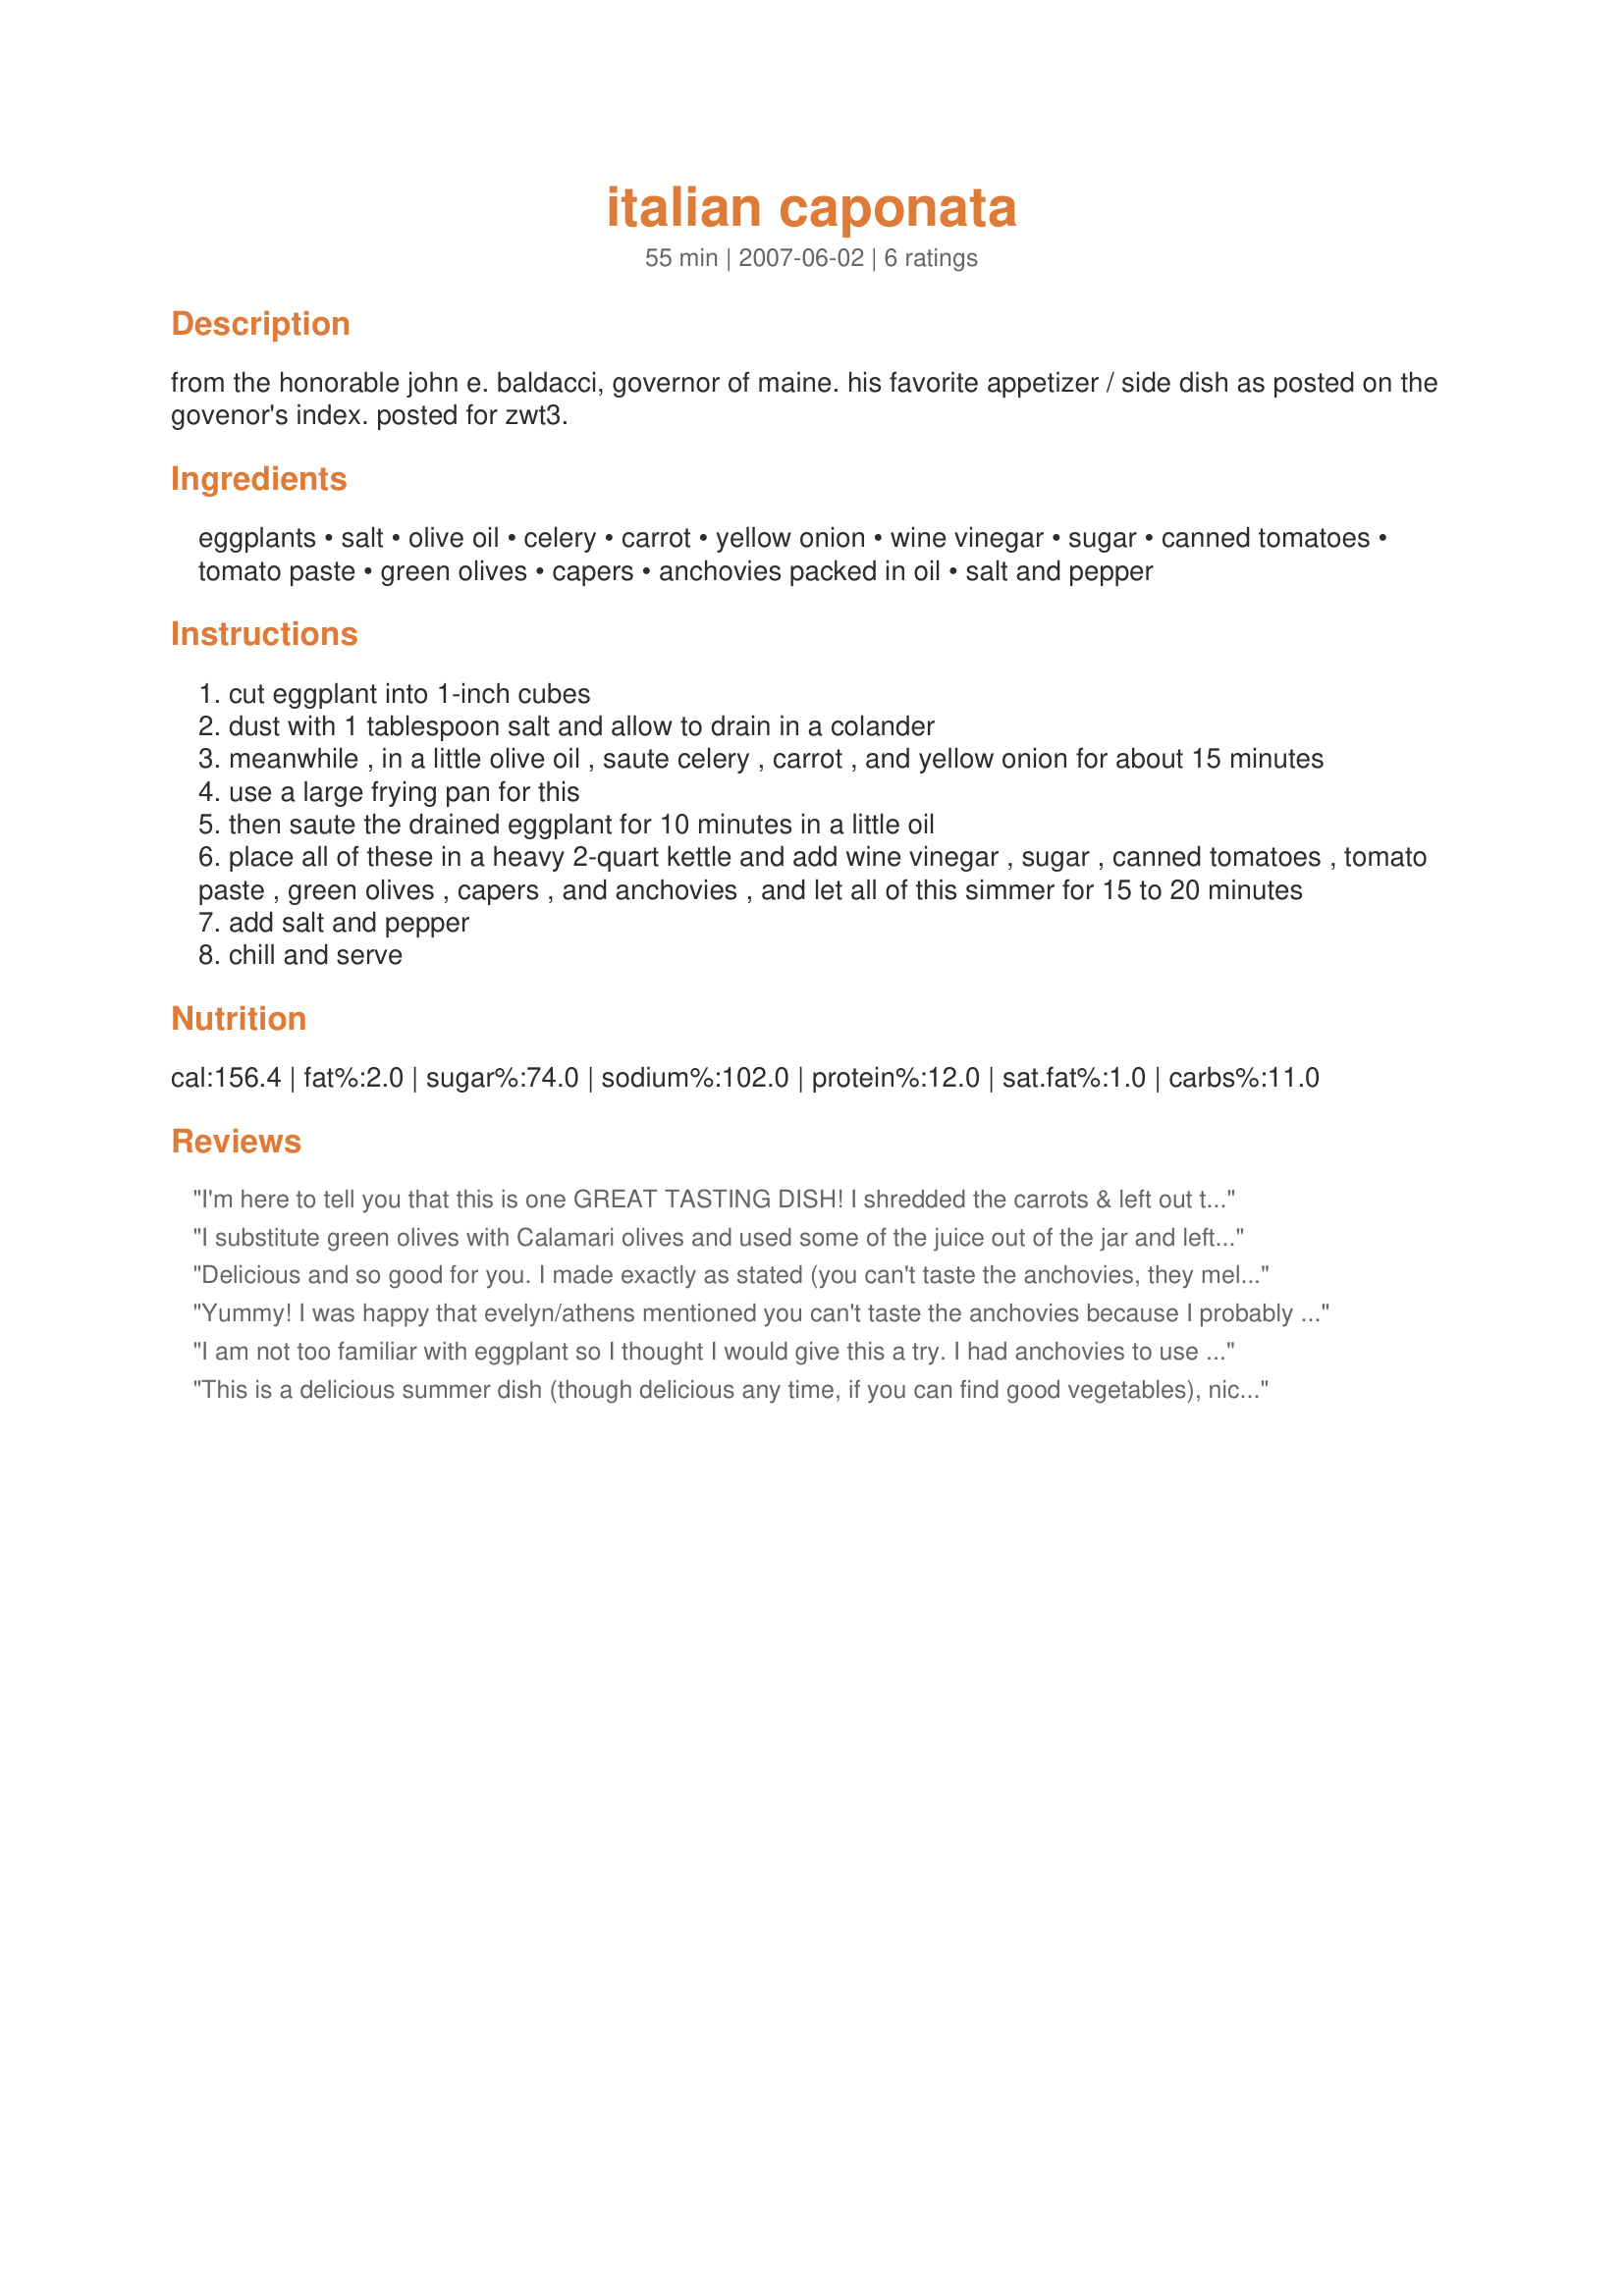
italian caponata
Preparation time: 55 minutes

from the honorable john e. baldacci,
governor of maine. his favorite appetizer / side dish as posted on the govenor's index. posted for zwt3.

Ingredients:
eggplants, salt, olive oil, celery, carrot, yellow onion, wine vinegar, sugar, canned tomatoes, tomato paste, green olives, capers, anchovies packed in oil, salt and pepper

Steps:
cut eggplant into 1-inch cubes
dust with 1 tablespoon salt and allow to drain in a colander
meanwhile , in a little olive oil , saute celery , carrot , and yellow onion for about 15 minutes
use a large frying pan for this
then saute the drained eggplant for 10 minutes in a little oil
place all of these in a heavy 2-quart kettle and add wine vinegar , sugar , canned tomatoes , tomato paste , green olives , capers , and anchovies , and let all of this simmer for 15 to 20 minutes
add salt and pepper
chill and serve

Reviews:
I'm here to tell you that this is one GREAT TASTING DISH! I shredded the carrots & left out the anchovies, which I'm sure is a big no-no for some cooks, but I'm happy to do without those little buggers! I did take the suggestion from the previous reviewer, however, & topped the finished dish off with toasted pine nuts ~ VERY, VERY NICE! [Made & reviewed while in Italy on Zaar's World Tour 4]
I substitute green olives with Calamari olives and used some of the juice out of the jar and left out anchovies.
Delicious and so good for you. I made exactly as stated (you can't taste the anchovies, they melt down and add a unique savouriness). I served this after school with pita crisps and we all loved it.
Yummy! I was happy that evelyn/athens mentioned you can't taste the anchovies because I probably wouldn't have made this without that comment. And I would have missed out on a great recipe. This is delicious. Made for ZWT4 for the Tastebud Tickling Travellers.
I am not too familiar with eggplant so I thought I would give this a try. I had anchovies to use up so this seemed the thing to do it. It was very nice. Don't know that I would crave it but a nice change. I didn't have capers and I didn't feel like opening a can of tomato paste so I used the sun-dried tomato pesto I had in the fridge. Extra flavor, I figured. I also admit that I had mine warm Thanks for sharing. Made for ZWT4.
This is a delicious summer dish (though delicious any time, if you can find good vegetables), nice either chilled or room temperature.
Bell peppers or courgettes can be used as main vegetables as well.
My suggestion is to sprinkle over some toasted pine nuts, it gives a nice, flavourful touch.
